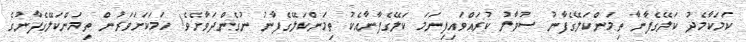
ކަމަކާމެދު ކަލޭގެފާނާ ތިމަންކަލޭގެފާނު ސުވާލު ކުރައްވައިފިނަމަ ކަލޭގެފާނާއެކު ތިމަންކަލޭގެފާނު ނުގެންދަވާށެވެ! ހަމަކަށަވަރުން ތިމަންކަލޭގެފާނުގެ